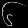
Digit: ၆